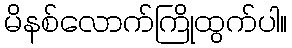
မိနစ်လောက်ကြိုထွက်ပါ။